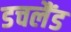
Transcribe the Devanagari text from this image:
डचलैंड